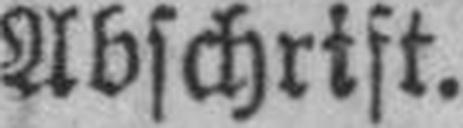
Abschrift.